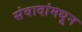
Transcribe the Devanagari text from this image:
संवादांमधून